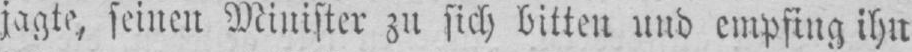
jagte, seinen Minister zu sich bitten und empfing ihn